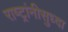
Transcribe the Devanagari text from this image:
राष्ट्रांनीसुध्दा